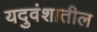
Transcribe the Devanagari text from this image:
यदुवंशातील